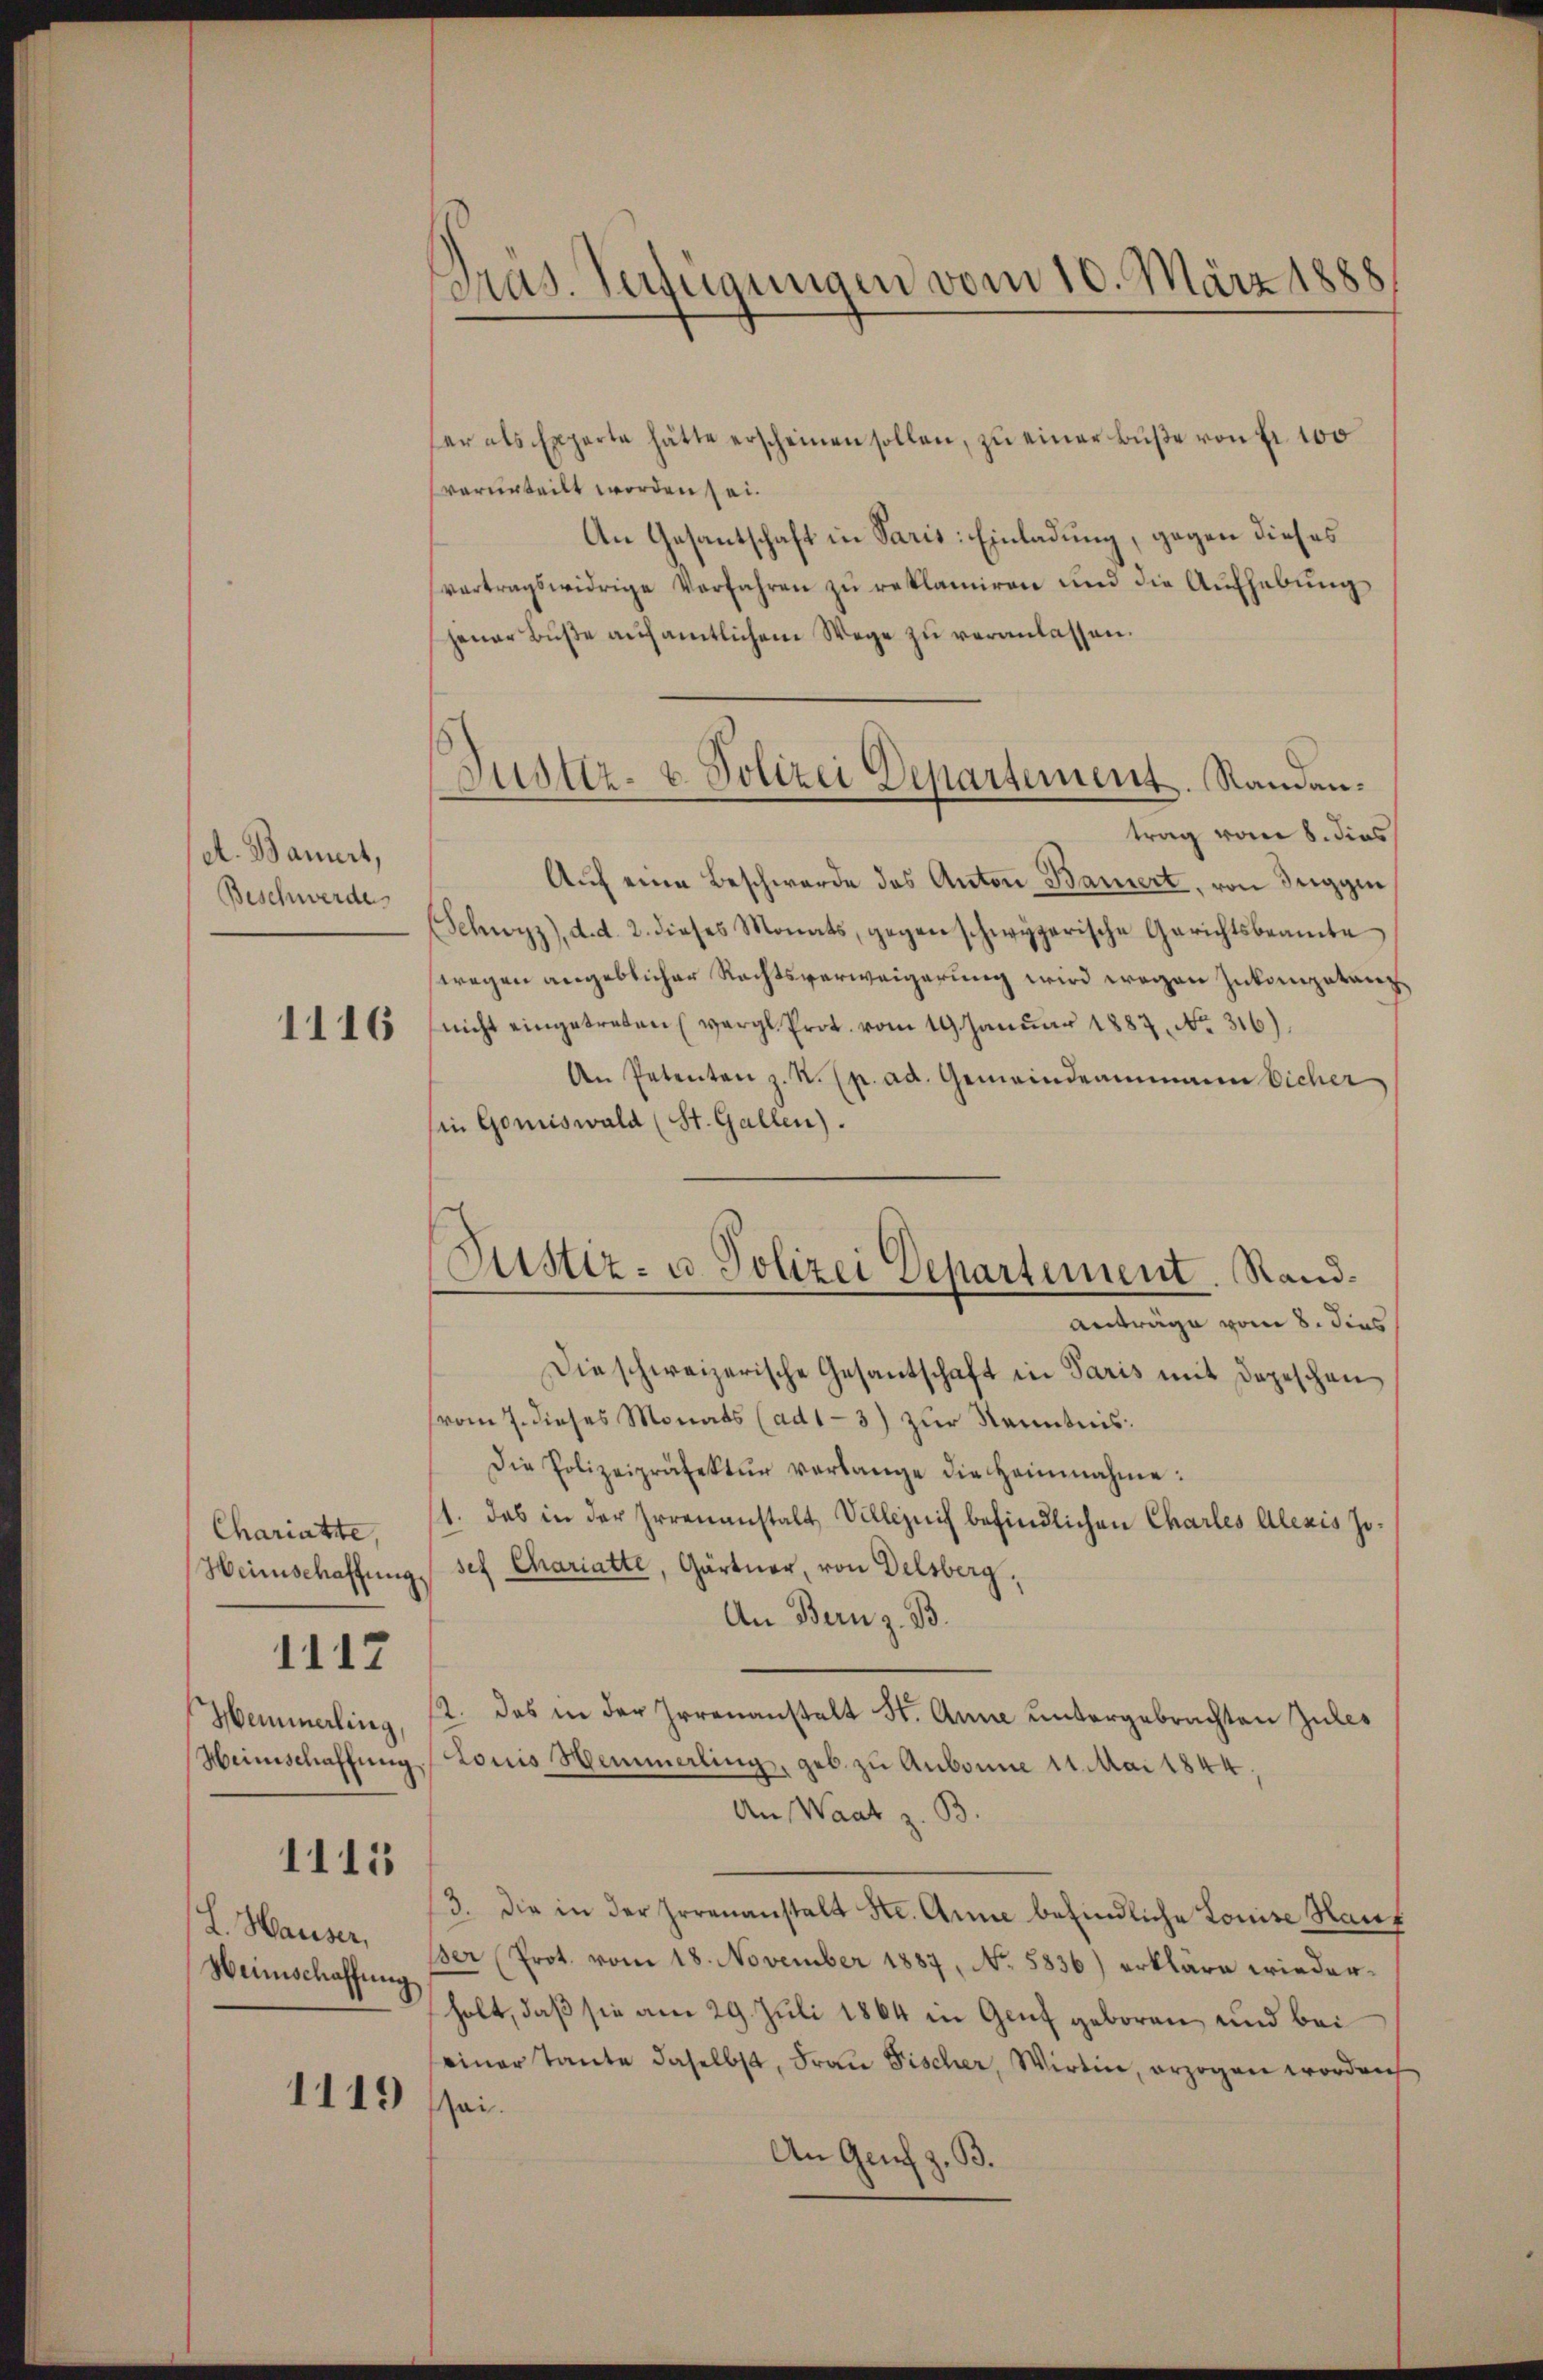
A. Bauert,
Beschwerde

1116

Chariatte,
Hemmerling,

1112

1115

L. Hauser,
Weinschaffung

1119

er als Experte hätte erscheinen sollen, zu einer Buße von Fr. 100
verurteilt worden sei¬
An Gesantschaft in Paris: Einladung, gegen dieses
vertragswidrige Verfahren zŭ reklamiren und die Aŭfhebŭng
jener Buße auf amtlichem Wege zu veranlassen.
trag vom 8. dies
Aŭf eine Beschwerde des Anton Bauert, von Teiggin
(Schwyz), d. d. 2. dieses Monats, gegenschwyzerische Gerichtsbeamte
wegen angeblicher Rechtsverweigerung wird wegen Inkompetanznicht eingetreten (vergl. Prot. vom 19. Januar 1887, No. 316),
An Petenten z. R. p. ad. Gemeindeammann Eicher
in Gomiswald (St. Gallen).
Die schweizerische Gesantschaft in Paris mit Depeschen
vom 7. dieses Monats (ad1-3) zur Kenntnis.
Die Polizeipräfektŭr verlange die Heinnahme:
1. das in der Irrenanstalt Villezeich befindlichen Charles Alexis Jo¬
Weinschaffung ses Chariatte, Gärtner, von Delsberg,
An Bern z. B.
12. das in der Irrenanstalt St. Anne untergebrachten Zules
Heimschaffŭng (Locus Hemmerling, geb. zu Aubonne 14. Mai 1844.
An Waat z. B.
3. die in der Irrenanstalt Ste. Anne befindliche Louise Hauf
Ber (Prot. vom 18. November 1887, No 5836) erkläre wiederholt, daß sie am 29. Juli 1864 in Genf geboren und bei
einer Tante daselbst, Frau Fischer, Wirtin, erzogen worden
sei.
An Genf z. B.

Bras. Verfügungen vom 10. März 1888

Justiz- & Polizei Departement. Randan¬

Justiz- u. Polizei Departement. Sand¬
Anträge vom 8. dies